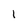
Character: 1